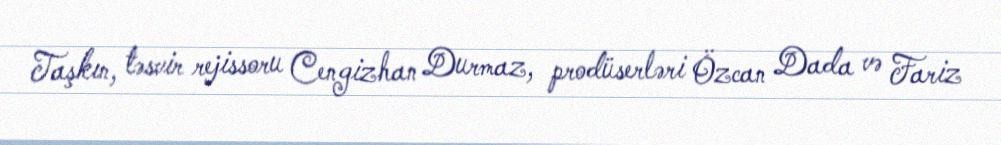
Taşkın, təsvir rejissoru Cengizhan Durmaz, prodüserləri Özcan Dada və Fariz